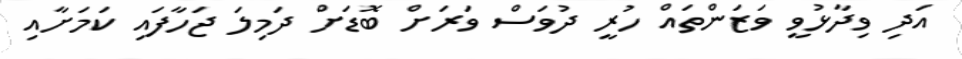
އަދި ވިދާޅުވީ ވަޒަންތައް ހުރީ ދުވަސް ވަރަށް ބޮޑަށް ދަމިލަ ޖަހާފައި ކަމަށާއި